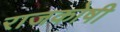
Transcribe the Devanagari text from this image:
राजकोषी